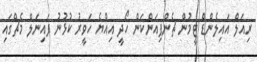
ރިއަލް އައިލެންޑް ޓީމުން ޗެންޕިއަންކަން ހޯދީ އިއްޔެ ހަވީރު ކުޅުނު ފައިނަލް މެޗްގައި